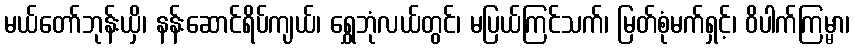
မယ်တော်ဘုန်းယှိ၊ နန်းဆောင်ရိပ်ကျယ်၊ ရွှေဘုံလယ်တွင်၊ မပြယ်ကြင်သက်၊ မြတ်စုံမက်ရှင့်၊ ဝိပါက်ကြမ္မာ၊